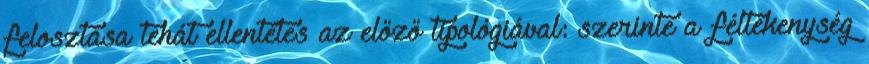
felosztása tehát ellentétes az előző tipológiával: szerinte a féltékenység